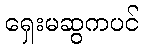
ရှေးမဆွကပင်